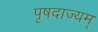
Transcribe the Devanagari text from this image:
पृषदाज्यम्